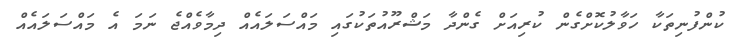
ކުންފުނިތަކާ ހަވާލުކޮށްގެން ކުރިއަށް ގެންދާ މަޝްރޫއުތަކުގައި މައްސަލައެއް ދިމާވެއްޖެ ނަމަ އެ މައްސަލައެއް